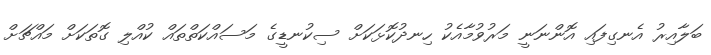
ބަލާއިރު އެނގިފައި އޮންނަނީ މަރުވުމާއެކު ހިނދުކޮޅަކަށް ސިކުނޑީގެ މަސައްކަތްތައް ކުއްލި ގޮތަކަށް މައްޗަށް